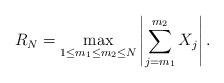
LaTeX: \begin{align*} R_N=\max_{1\leq m_1\leq m_2\leq N}\left|\sum_{j=m_1}^{m_2}X_j \right|. \end{align*}